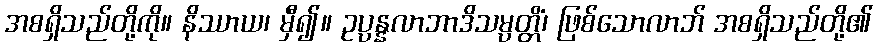
အစရှိသည်တို့ကို။ နိဿာယ၊ မှီ၍။ ဥပ္ပန္နလာဘာဒိသမ္ပတ္တိံ၊ ဖြစ်သောလာဘ် အစရှိသည်တို့၏